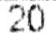
20